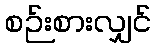
စဉ်းစားလျှင်